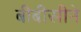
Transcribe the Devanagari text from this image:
बीबीसीने